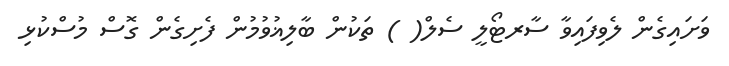
ވަށައިގެން ލެވިފައިވާ ސާރޓޯލީ ސެލް( ) ތަކުން ބާލިޣުވުމުން ފެށިގެން ގޮސް މުސްކުޅި